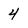
Character: 4